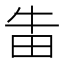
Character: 𱰩